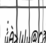
: